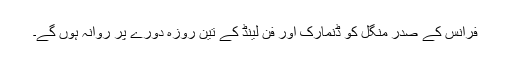
فرانس کے صدر منگل کو ڈنمارک اور فِن لینڈ کے تین روزہ دورے پر روانہ ہوں گے۔